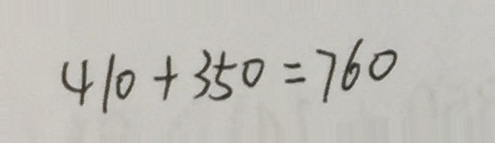
4 1 0 + 3 5 0 = 7 6 0